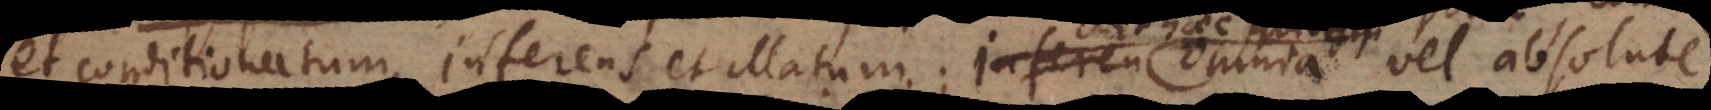
et conditionatum, inferens et illatum. Inferen omnia vel absolute